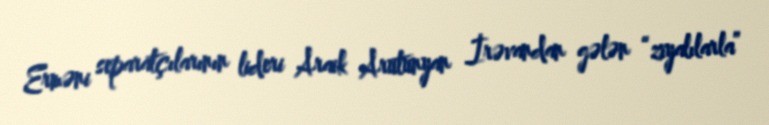
Erməni separatçılarının lideri Araik Arutunyan İrəvandan gələn “ziyalılarla”